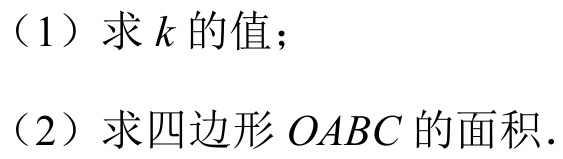
（1）求\(k\)的值；
（2）求四边形\(OABC\)的面积.